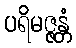
ပရိမဇ္ဇန္တံ